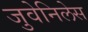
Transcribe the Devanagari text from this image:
जुवेनिलेस